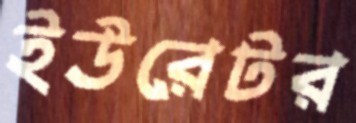
ইউরেটর